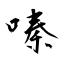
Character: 嗪